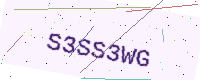
Text: S3SS3WG